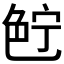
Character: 𰰗